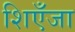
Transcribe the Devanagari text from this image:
शिएँजा